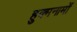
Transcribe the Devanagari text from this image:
हुक्मनामों